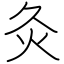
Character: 灸